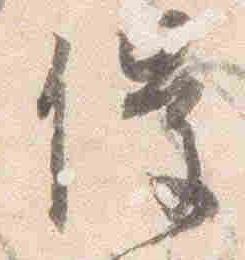
催